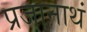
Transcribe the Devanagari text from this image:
प्रजानाथं